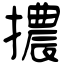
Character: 擃